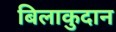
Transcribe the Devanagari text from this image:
बिलाकुदान